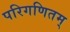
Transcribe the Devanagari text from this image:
परिगणितम्